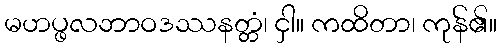
မဟပ္ဖလဘာဝဒဿနတ္တံ၊ ငှါ။ ကထိတာ၊ ကုန်၏။